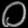
Digit: ၀